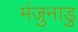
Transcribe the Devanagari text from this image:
मंजुनाडु